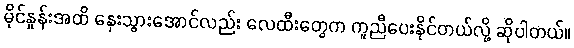
မိုင်နှုန်းအထိ နှေးသွားအောင်လည်း လေထီးတွေက ကူညီပေးနိုင်တယ်လို့ ဆိုပါတယ်။